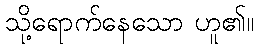
သို့ရောက်နေသော ဟူ၏။